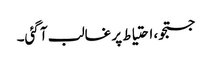
جستجو، احتیاط پر غالب آ گئی۔